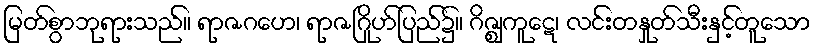
မြတ်စွာဘုရားသည်။ ရာဇဂဟေ၊ ရာဇဂြိုဟ်ပြည်၌။ ဂိဇ္ဈကူဋေ၊ လင်းတနှုတ်သီးနှင့်တူသော